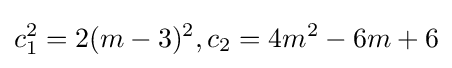
c_{1}^{2}=2(m-3)^{2},c_{2}=4m^{2}-6m+6